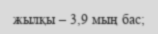
жылқы – 3,9 мың бас;